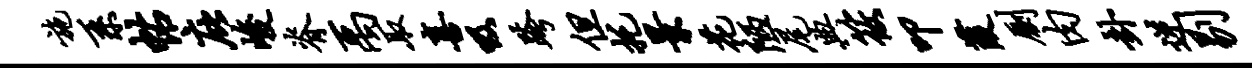
施系帖庇峻脊禹取喜吸跨但托景花陋尾典筱叩葭劂肉卦逆剔